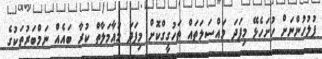
ފުލުހުންނަށް ހުށަހެޅޭ މިފަދަ މައްސަލަތައް ތަހުގީގްކޮށް މިފަދަ މުއާމަލާތް ކުރާ ބައެއް ނަމްބަރުތަކުގެ